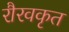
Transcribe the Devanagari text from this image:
रौरवकृत